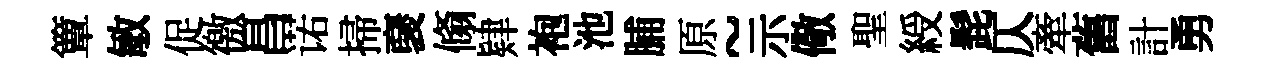
簟敏促徼昌诺掃裦翛肄袍池脯原~示儆聖綬髭仄牽舊計勇